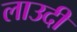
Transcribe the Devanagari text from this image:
लाउदी